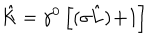
\hat { K } = \gamma ^ { 0 } \left[ ( { \bf \sigma \hat { L } ) + } 1 \right]